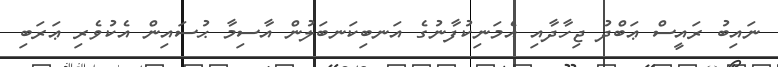
ނައިބު ރައީސް ޢަބްދު ޖިހާދާއި އެމަނިކުފާނުގެ އަނބިކަނބަލުން އާސިމާ ޙުސައިން އެކުވެރި ޢަރަބި